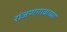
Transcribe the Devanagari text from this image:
रांजणगावाच्या